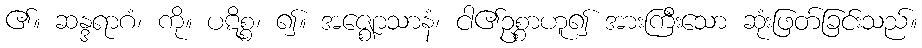
၏။ ဆန္ဒရာဂံ၊ ကို။ ပဋိစ္စ၊ ၍။ အဇ္ဈောသာနံ၊ ငါ၏ဥစ္စာဟူ၍ အားကြီးသော ဆုံးဖြတ်ခြင်းသည်။